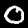
Digit: 0